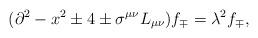
LaTeX: \begin{align*}(\partial^2 - x^2 \pm 4 \pm \sigma^{\mu\nu}L_{\mu\nu})f_\mp = \lambda^2 f_\mp,\end{align*}